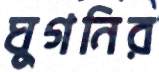
ঘুগনির